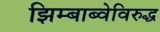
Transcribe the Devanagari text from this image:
झिम्बाब्वेविरुद्ध